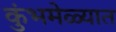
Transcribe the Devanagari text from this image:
कुंभमेळ्यात